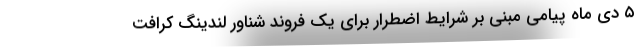
۵ دی ماه پیامی مبنی بر شرایط اضطرار برای یک فروند شناور لندینگ کرافت